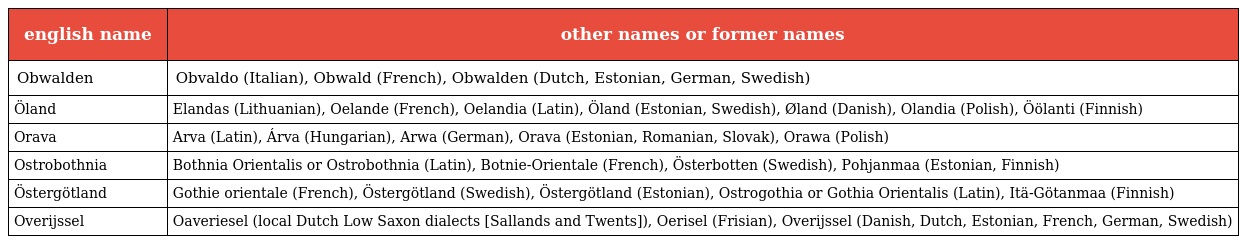
| english name | other names or former names |
 | --- | --- |
 | Obwalden | Obvaldo (Italian), Obwald (French), Obwalden (Dutch, Estonian, German, Swedish) |
 | Öland | Elandas (Lithuanian), Oelande (French), Oelandia (Latin), Öland (Estonian, Swedish), Øland (Danish), Olandia (Polish), Öölanti (Finnish) |
 | Orava | Arva (Latin), Árva (Hungarian), Arwa (German), Orava (Estonian, Romanian, Slovak), Orawa (Polish) |
 | Ostrobothnia | Bothnia Orientalis or Ostrobothnia (Latin), Botnie-Orientale (French), Österbotten (Swedish), Pohjanmaa (Estonian, Finnish) |
 | Östergötland | Gothie orientale (French), Östergötland (Swedish), Östergötland (Estonian), Ostrogothia or Gothia Orientalis (Latin), Itä-Götanmaa (Finnish) |
 | Overijssel | Oaveriesel (local Dutch Low Saxon dialects [Sallands and Twents]), Oerisel (Frisian), Overijssel (Danish, Dutch, Estonian, French, German, Swedish) |